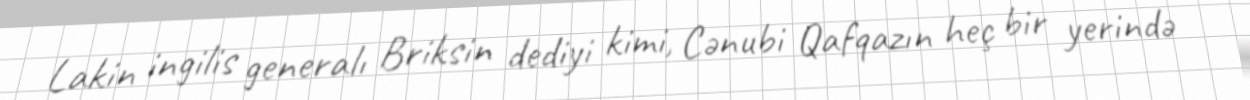
Lakin ingilis generalı Briksin dediyi kimi, Cənubi Qafqazın heç bir yerində